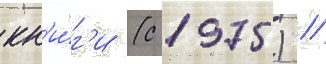
кн'и́г'и (с 1975) //